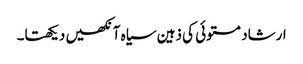
ارشاد مستوئی کی ذہین سیاہ آنکھیں دیکھتا۔